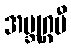
အဗ္ဘုဂ္ဂမီ